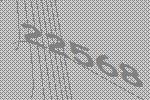
22568